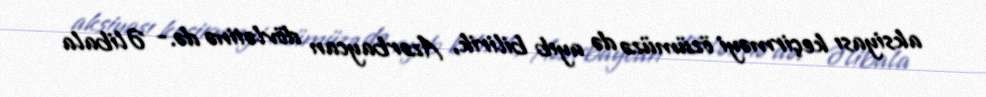
aksiyası keçirməyi özümüzə də ayıb bilirik, Azərbaycan dövlətinə də.- Əlibala